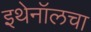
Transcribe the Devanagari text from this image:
इथेनॉलचा